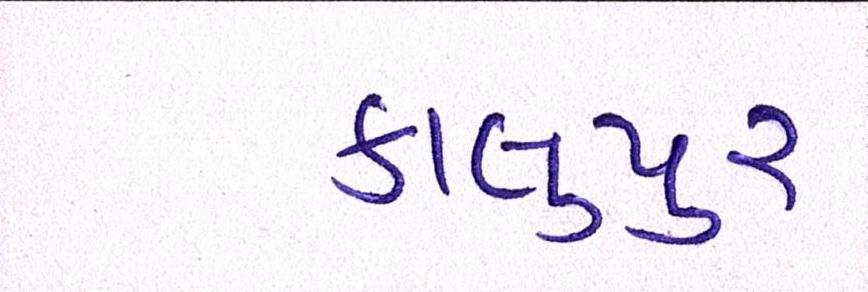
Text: કાલુપુર